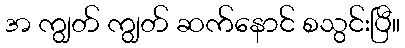
အ ကျွတ် ကျွတ် ဆက်နောင် စသွင်းပြီ။